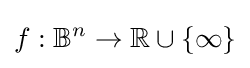
f:\mathbb {B} ^{n}\to \mathbb {R} \cup \{\infty \}